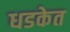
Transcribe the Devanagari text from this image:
धडकेत